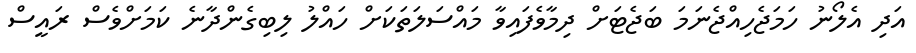
އަދި އެލޯނު ހަމަޖެހިއްޖެނަމަ ބަޖެޓަށް ދިމާވެފައިވާ މައްސަލަތަކަށް ހައްލު ލިބިގެންދާނެ ކަމަށްވެސް ރައީސް